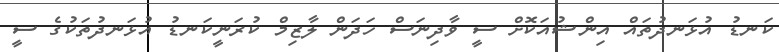
ކަނޑު އުޅަނދުތައް އިންޝުއަކޮށް ސީ ވާދިނަސް ހަދަން ލާޒިމް ކުރަނީކަނޑު އުޅަނދުތަކުގެ ސީ